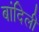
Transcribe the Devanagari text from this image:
बांदिली